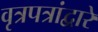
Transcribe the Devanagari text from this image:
वृत्रपत्रांद्वारे